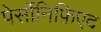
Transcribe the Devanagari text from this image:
पेर्सोनिफ़िएद